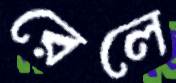
রেলে